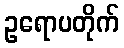
ဥရောပတိုက်